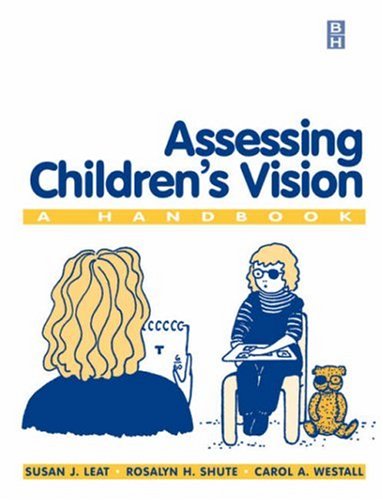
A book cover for Assessing Children's Vision: A Handbook, 10e; Rosalyn Shute BSc  PhD  CPsychol; Medical Books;